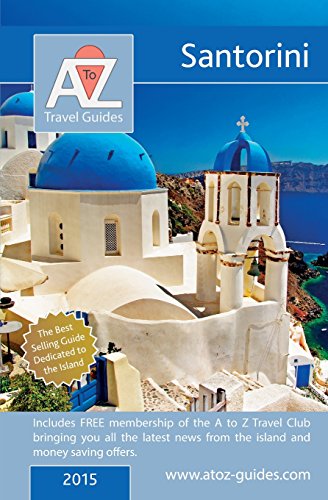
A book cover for A to Z guide to Santorini 2015; Tony Oswin; Travel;